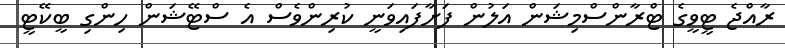
ރާއްޖެ ޓީވީގެ ޓްރާންސްމިޝަން އަލުން ފަށާފައިވަނީ ކުރިންވެސް އެ ސްޓޭޝަން ހިންގި ބީކޭޓީ